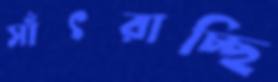
সাঁৎরাচ্ছি